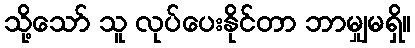
သို့သော် သူ လုပ်ပေးနိုင်တာ ဘာမျှမရှိ။